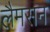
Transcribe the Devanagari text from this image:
लैमसन